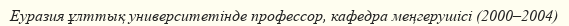
Еуразия ұлттық университетінде профессор, кафедра меңгерушісі (2000–2004)